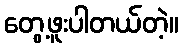
တွေ့ဖူးပါတယ်တဲ့။